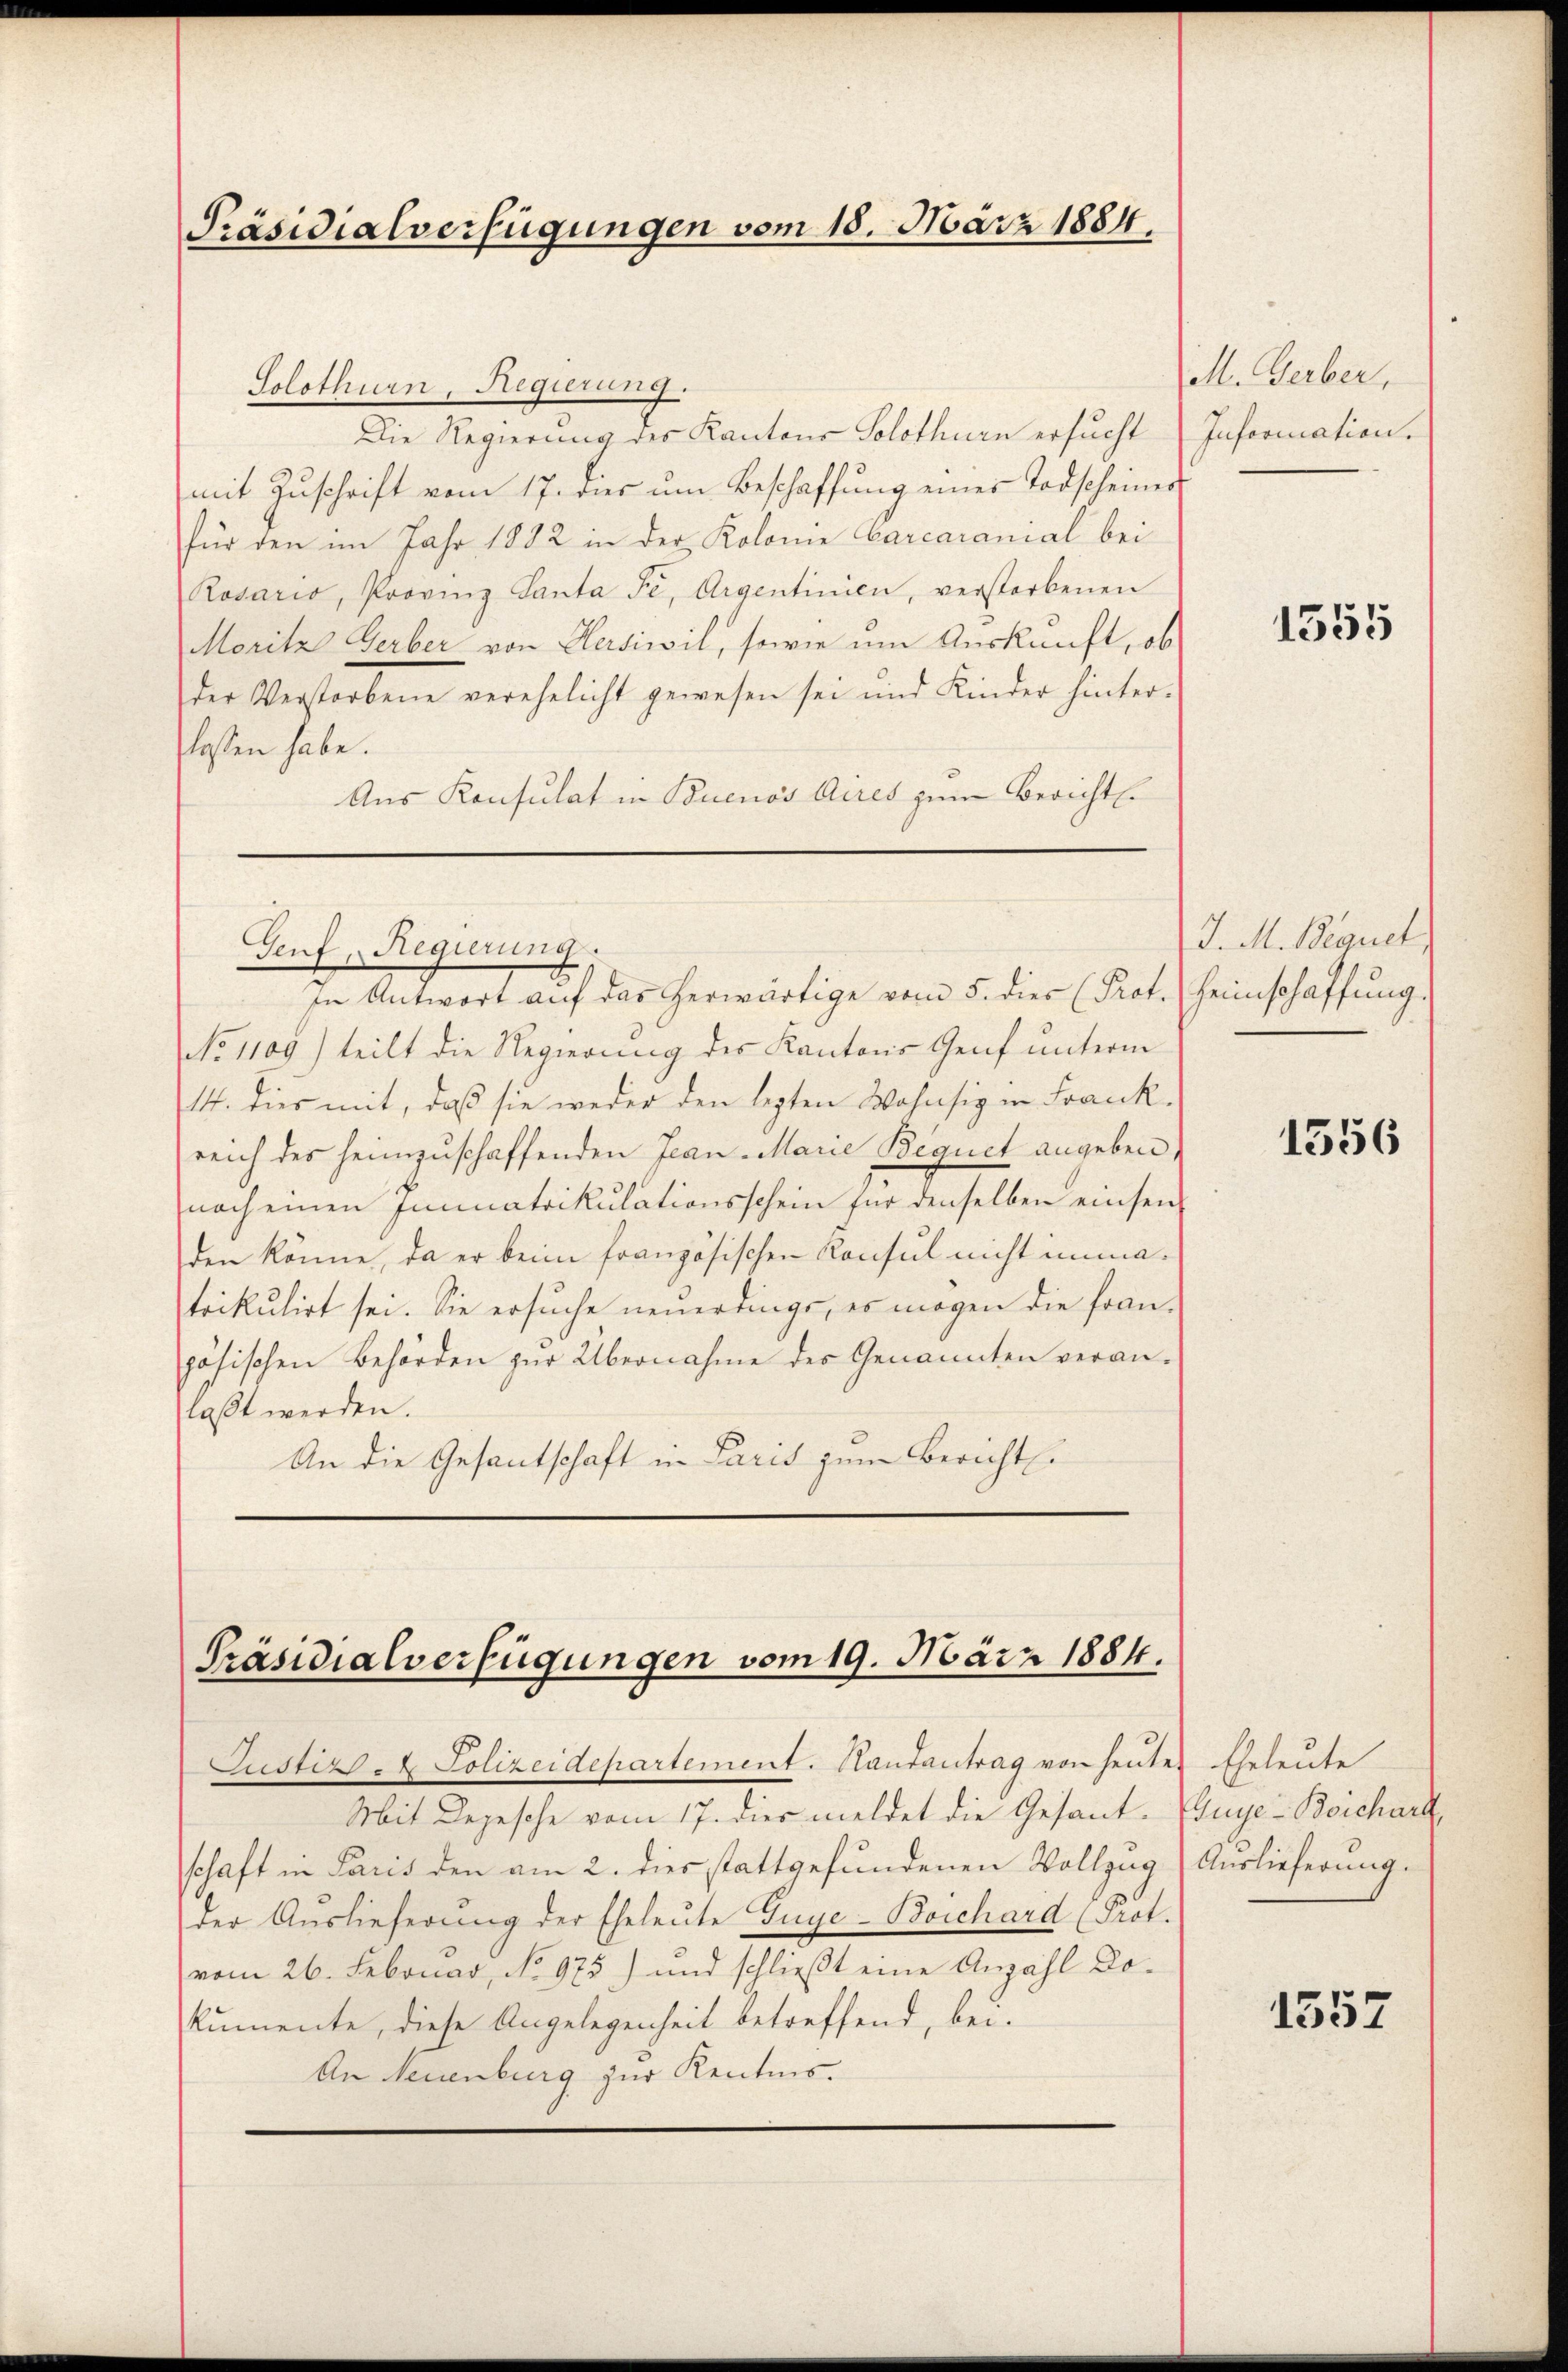
Präsidialverfügungen vom 18. März 1884.

Genf, Regierung

Solothurn, Regierung.
Die Regierung des Kantons Solothurn ersucht
mit Zŭschrift vom 17. dies um Beschaffŭng einer Todscheiner
für den im Jahr 1882 in der Kolome Carcaranial bei
Rosario, Provinz Santa Fe, Argentinien, verstorbenen
Moritz Gerber von Aerswil, sowie um Auskunft, ob
der Verstorbene verehelicht gewesen sei und Kinder hinter-
lossen habe.
Aus Konsulat in Buenos Aires zum Bericht.

in Antwort aŭf das herwärtige vom 5. dies (Prot. (Heimschaffŭng.
No 1109) teilt die Regierung des Kantons Genf unterm
14. dies mit, daß sie weder den lezten Wohnsiz in Frank
reich des heimzuschaffenden Jean-Marie Bequet angeben,
nach einen Immatrikulationsschein für denselben einsen
den könne, da er beim französischen Konsul nicht unmatrikulirt sei. Sie ersuche neuerdings, es mögen die franpösischen Behörden zur Übernahme des Genannten veran-
laßt werden.
An die Gesantschaft in Paris zum Bericht.

Präsidialverfügungen vom 19. März 1884.

Justiz- & Polizeidepartement. Handantrag von heutes Eheleute
schaft in Paris den am 2. dies stattgefundenen Vollzug (Auslieferung.
der Auslieferŭng der Eheleute Guye-Boichard (Prot.
vom 26. Februar, No 975) und schließt eine Anzahl Dokumente, diese Angelegenheit betreffend, bei.
An Neuenburg zur Kenntnis.

Mit Depesche vom 17. dies meldet die Gesant. Einge-Boichardt,

M. Gerber
Information.

1555

J. M. Bequet,

1556

1557